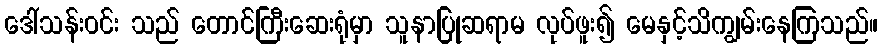
ဒေါ်သန်းဝင်း သည် တောင်ကြီးဆေးရုံမှာ သူနာပြုဆရာမ လုပ်ဖူး၍ မေနှင့်သိကျွမ်းနေကြသည်။